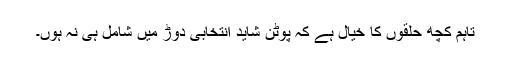
تاہم کچھ حلقوں کا خیال ہے کہ پوٹن شاید انتخابی دوڑ میں شامل ہی نہ ہوں۔